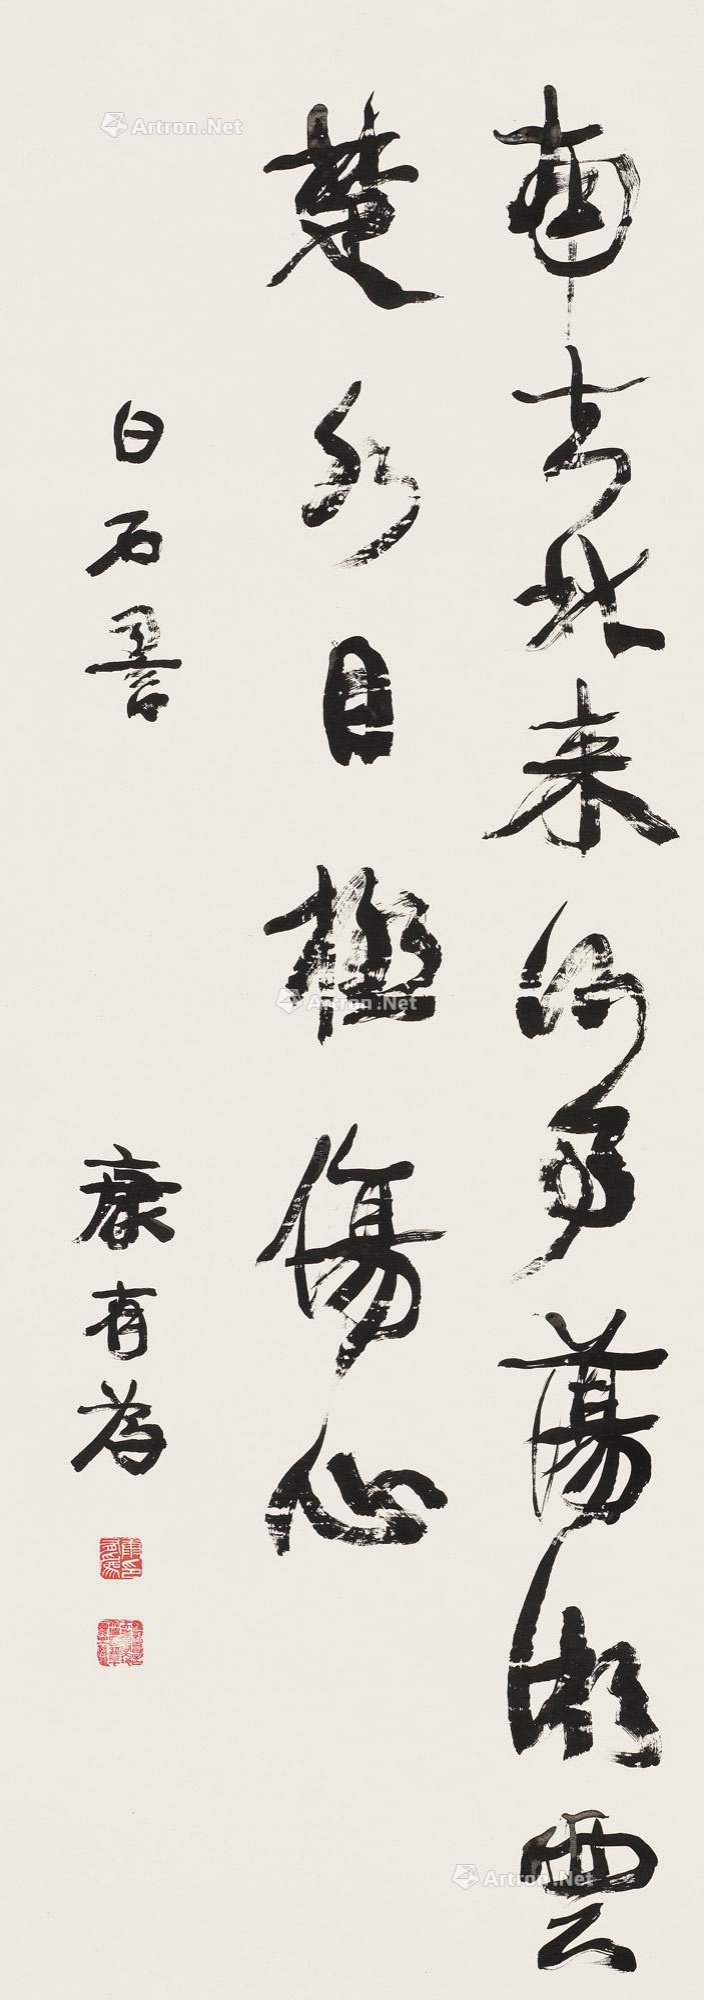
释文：南去北来何事，荡湘云楚水，目极伤心。白石词。康有为。